Report on vaccination in the Province of Bengal - 1874-1889
Year: 1874
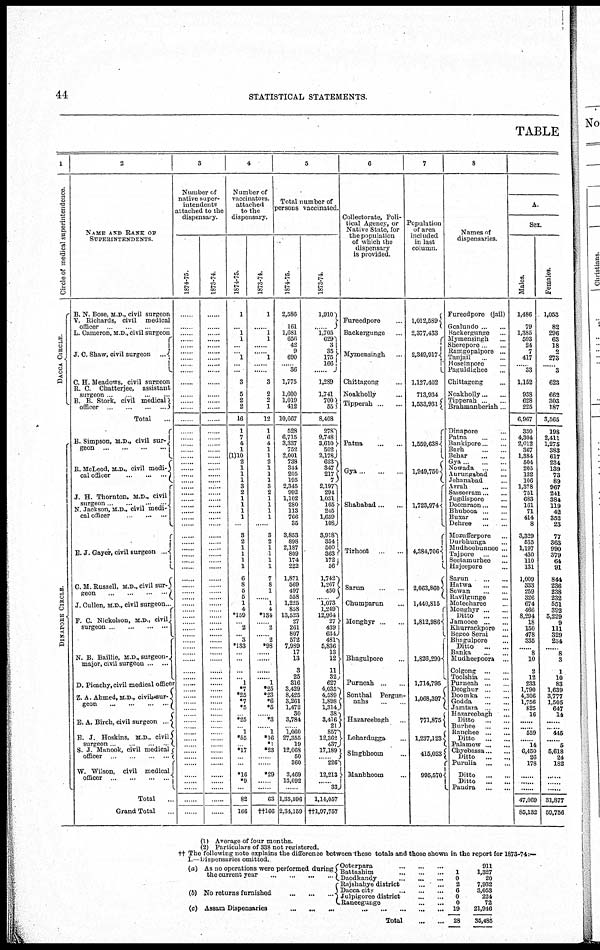
44
STATISTICAL STATEMENTS.
TABLE
1
Circle of medical superintendence
DACCA CIRCLE
DINAPORE CIRCLE
2
NAME AND RANK OF
SUPERINTENDENTS.
B. N. Bose, M.D, civil surgeon
V Richards, civil
medical
officer
L. Cameron, M D., civil surgeon
J. C. Shaw, civil surgeon ...
C. H. Meadows, civil surgeon
R. C. Chatterjee,
assistant
surgeon ... ... ...
B. B Stork, civil medical
officer
...
...
...
...
Total ...
B. Simpson, M.D., civil sur¬
geon
...
...
...
...
...
B. McLeod, M.D., civil medi¬
cal officer
...
...
...
J. H. Thornton, M.D., civil
surgeon
...
...
...
N. Jackson, M.D., civil medi¬
cal officer
...
...
E. J. Gayer, civil surgeon ...
C.M. Russell, M.D.,civil sur¬
geon
...
...
...
...
J. Cullen, M.D., civil surgeon..
F. C. Nickolson, M.D., civil
surgeon
...
...
...
...
N. B Baillie, M.D., surgeon¬
major, civil surgeon ... ...
D. Picachy, civil medical officer
Z. A. Ahmed, M.D., civil sur¬
geon
...
...
...
...
E. A. Birch, civil surgeon
...
E. J. Hoskins, M.D., civil
surgeon...
...
...
S. J. Manook, civil medical
officer
...
...
...
...
W. Wilson, civil
medical
officer
...
...
...
...
Total ...
Grand Total ...
3
Number of
native super-
intendents
attached to the
dispensary.
1874-75
...
...
...
...
... ...
...
...
...
...
...
...
...
...
......
......
...
...
...
...
...
...
...
...
...
...
...
...
...
...
...
...
...
...
...
...
...
...
...
...
...
... ...
...
...
...
...
...
...
...
...
...
......
......
......
......
......
......
......
......
......
......
.....
......
......
......
......
......
......
......
......
1873-74
....
...
...
...
...
......
......
......
......
......
......
...
...
...
......
......
......
......
......
......
......
......
......
......
......
......
......
......
......
......
......
......
......
......
......
......
......
......
......
......
......
......
......
......
......
......
......
......
......
......
......
......
......
......
......
......
......
......
......
......
....
.....
....
...
...
...
...
...
...
...
...
4
Number of
vaccinators.
attached
to the
dispensary.
1874-75.
1
...
1
1
...
... 1
...
...
3
5
2
2
16
1
7
4
1
(1)10
2
1
1
1
3
2
1
1
1
1
...
3
2
1
1
1
1
6
8
5
5
1
4
*159
... 2
... 3
*133
...
...
...
... 1
*7
*25
*7
*5
... *25
... 1
*55
... *17
...
...
*16
*9
...
82
166
1873-74.
1
...
1
1
......
......
......
......
......
3
2
2
1
12
1
6
4
1
1
2
1
1
1
3
2
1
1
1
1
...
3
2
1
1
1
1
7
8
1
... 1
4
*134
... 2
...
...... *98
... ...
...
... 1
*25
*23
*6
*5
... *3
..... 1
*16
*1
*3
...
...
*29
...
...
63
††166
5
Total number of
persons vaccinated.
1874-75.
2,586
161
1,681
656
42
9
690
... 36
1,775
1,600
1,019
412
10,667
528
6,715
3,337
752
2,001
738
344
205
195
2,345
992
1,102
280
113
766
35
3,853
898
2,187
809
174
222
1,871
569
497
558
1,225
858
13,523
27
261
807
572
7,989
17
13
3
25
316
3,429
8,425
3,261
1,472
30
3,784
... 1,060
27,355
19
12,068
50
360
3,469
13,092
...
1,35,596
2,34,159
1873-74.
1,910
1,705
629
3
35
175
166
......
1,289
1,741
700 55
8,408
278
9,748
3,610
502
2,178
623
347
217 7
2,197
294
1,031
165
245
1,659
108
3,918
354
500
363
172
56
1,742
1,267
450
..... 1,073
1,249
12,964
27
439
634
481
5,836
13
12
11
32
627
4,035
4,589
1,898
1,314
38
3,416
21
857
12,362
437
17,189
... 226
12,213
...... 33
1,14,057
††1,97,757
6
Collectorate, Poli-
tical Agency, or
Native State, for
the population
of which the
dispensary
is provided.
Fureedpore ...
Backergunge
Mymensingh ...
Chittagong ...
Noakholly ...
Tipperah ... ...
Patna
...
...
Gya ... ... ...
Shahabad ... ...
Tirhoot ... ...
Sarun ... ...
Chumparun ...
Monghyr .. ...
Bhagulpore ...
Purneah
...
...
Sonthal
Pergun¬
nahs
...
...
Hazareebagh
Lohardugga ...
Singbhoom ...
Manbhoom
7
Population
of area
included
in last
column.
1,012,589
2,377,433
2,349,917
1,127,402
713,934
1,533,931
1,559,638
1,949,750
1,723,974
4,384,706
2,063,860
1,440,815
1,812,986
1,826,290
1,714,795
1,068,397
771,875
1,237,123
415,023
995,570
8
Names of
dispensaries.
Fureedpore (jail)
Goalundo ... ...
Backergunge ...
Mymensingh ...
Sherepore ...
Ramgopalpore ...
Tanjail ...
Hosempore ...
Paguldighee ...
Chittagong ...
Noakholly ... ...
Tipperah ... ...
Brahmanberiah...
Dinapore ...
Patna ...
Bankipore ... ...
Barh ... ...
Behar
...
...
Gya ... ...
Nowada ... ...
Aurungabad ...
Jehanabad ...
Arrah
...
...
Sasseeram ... ...
Jugdispore ...
Doomraon ... ...
Bhubooa ... ...
Buxar
...
Dehree
...
...
Mozufferpore ...
Durbhunga ...
Mudhoobunnee ...
Tajpore ... ...
Seetamurheo ...
Hajeepore ...
Sarun
...
...
Hatwa
...
...
Sewan
...
...
Ravilgunge ...
Moteeharee ...
Monghyr
...
...
Ditto
... ...
Jamooee...
...
Khurrackpore ...
Begoo Serai ...
Bhagulpore ...
Ditto
...
...
Banka
...
...
Mudheepoora ...
Colgong
...
...
Toolshia
...
...
Purneah ... ...
Deoghur
...
...
Doomka
Godda
...
...
Jamtara ... ...
Hazareebagh ...
Ditto ... ......
Burhee
...
...
Ranchee
...
...
Ditto
...
...
Palamow
...
...
Chyebassa ... ...
Ditto
...
...
Puruha
...
...
Ditto
...
...
Ditto
...
...
„ Pandra
...
...
A.
Sex.
Males.
1,486
79
1,385
593
24
7
417
...... 33
1,152
938
628
225
6,967
330
4,304
2,012
367
1,384
504
205
132
106
1,378
751
683
161
71
414
8
3,329
535
1,197
430
110 131
1,009
333
259
326
674
466
8,294
18
150
478
335
...... 8
10
2
12
233
1,790
4,306
1,756
825
16
......
...... 559
..... 14
6,450
26
178
......
.....
.....
47,069
85,132
Females.
1,053
82
296
63
18
2
273
...... 3
623
662
303
187
3,565
198
2,411
1,275
383
617
234
139
73
89
967
241
384
119
42
352
23
77
363
990
379
64
91
844
236
238
232
551
392
5,229
9
111
329
234
... 8
3
1
10
83
1,639
3,777
1,505
647
14
......
...... 445
.... 5
5,618
24
182
......
.....
.....
31,877
59,756
(1) Average of four months.
(2) Particulars of 338 not registered.
†† The following note explains the difference between these totals and those shown in the report for 1873-74:—
I.—Dispensaries omitted.
(a)
(b)
(c)
As no operations were performed during
the current year
...
...
...
...
No returns furnished
...
...
...
Ooterpara
...
...
...
Battashim
...
...
...
Daodkandy
...
...
...
Rajshahye district
...
...
Dacca city
...
...
...
Julpigoree district
...
...
Raneegunge
...
...
Assam Dispensaries
...
...
...
...
...
...
...
...
Total
...
...
1
0
2
6
0
0
19
28
911
1,327
20
7,932
3,053
224
72
21,946
35,485